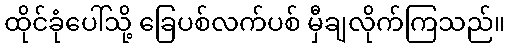
ထိုင်ခုံပေါ်သို့ ခြေပစ်လက်ပစ် မှီချလိုက်ကြသည်။